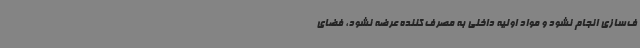
ف‌سازی انجام نشود و مواد اولیه داخلی به مصرف‌ کننده عرضه نشود، فضای